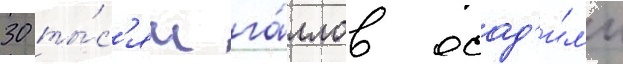
30 ты́с'яч га́ллов осад'и́л'и